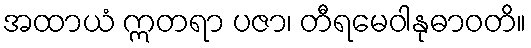
အထာယံ ဣတရာ ပဇာ၊ တီရမေဝါနုဓာဝတိ။